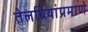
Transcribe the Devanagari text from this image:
तेलबियांप्रमाणे